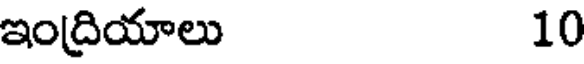
ఇంద్రియాలు 10